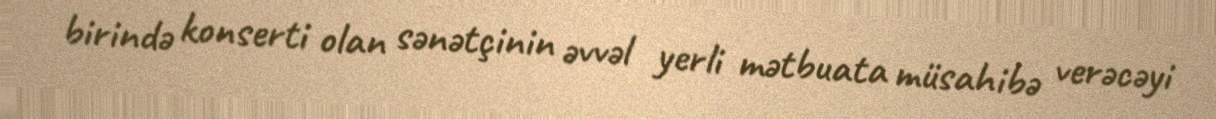
birində konserti olan sənətçinin əvvəl yerli mətbuata müsahibə verəcəyi